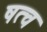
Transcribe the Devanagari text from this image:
षत्व